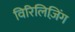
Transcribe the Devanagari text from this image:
विरिलिज़िंग